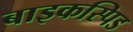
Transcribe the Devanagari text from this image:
बाइकस्पिड